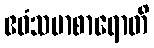
ဧဝံသမာစာရောတိ